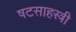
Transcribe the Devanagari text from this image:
षटसाहस्त्री